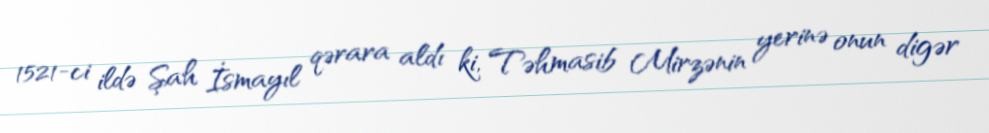
1521-ci ildə Şah İsmayıl qərara aldı ki, Təhmasib Mirzənin yerinə onun digər